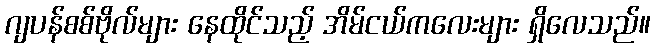
ဂျပန်စစ်ဗိုလ်များ နေထိုင်သည့် အိမ်ငယ်ကလေးများ ရှိလေသည်။